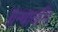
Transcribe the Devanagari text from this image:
ग्रन्थावलि